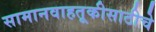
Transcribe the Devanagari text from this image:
सामानवाहतूकीसाठीचे